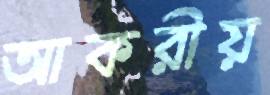
আকরীয়